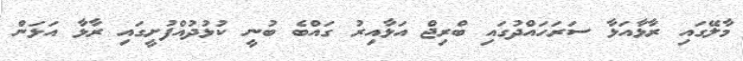
މާލޭގައި ރާޅާއަޅާ ސަރަހައްދުގައި ބްރިޖް އަޅާއިރު ގައްބެ ބުނީ ކުޅުދުއްފުށީގައި ރާޅާ އަޅަން